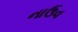
નાઉવ